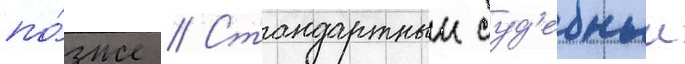
по́зже // Стандартныи суд'ебныи